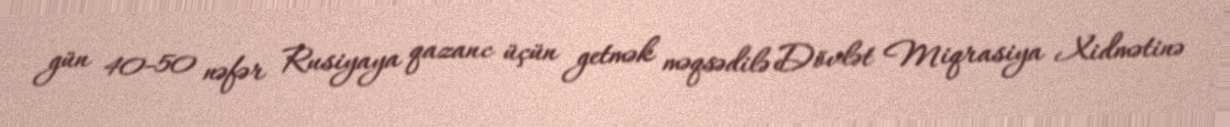
gün 40-50 nəfər Rusiyaya qazanc üçün getmək məqsədilə Dövlət Miqrasiya Xidmətinə